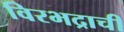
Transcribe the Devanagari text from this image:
विरभद्राची